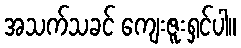
အသက်သခင် ကျေးဇူးရှင်ပါ။